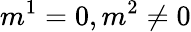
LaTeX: m^{1}=0,m^{2}\neq 0